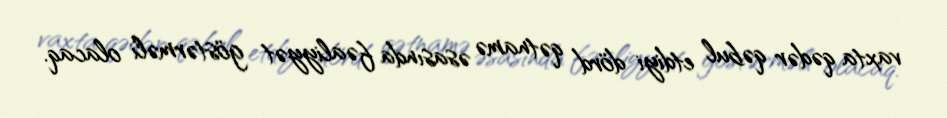
vaxta qədər qəbul etdiyi dörd qətnamə əsasında fəaliyyət göstərməli olacaq.